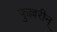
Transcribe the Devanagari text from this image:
फुल्लरीन्